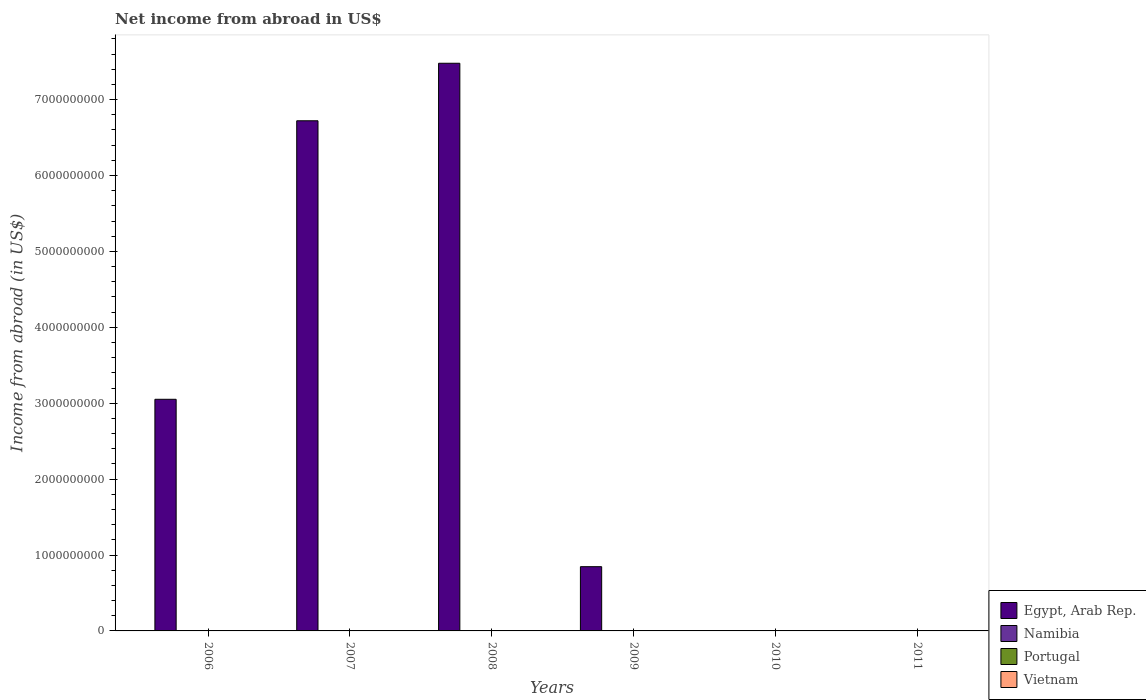
| Years | Egypt, Arab Rep. | Namibia | Portugal | Vietnam |
 | --- | --- | --- | --- | --- |
 | 2006 | 3.05e+09 | -3.51e+08 | -5.28e+09 | -2.28e+13 |
 | 2007 | 6.72e+09 | -1.14e+09 | -5.59e+09 | -3.5e+13 |
 | 2008 | 7.48e+09 | -1.14e+09 | -6.96e+09 | -4.81e+13 |
 | 2009 | 8.46e+08 | -1.42e+09 | -6.42e+09 | -7.79e+13 |
 | 2010 | -2.4e+10 | -3.17e+09 | -6.05e+09 | -8.22e+13 |
 | 2011 | -3.51e+10 | -2.43e+09 | -3.39e+09 | -1.2e+14 |